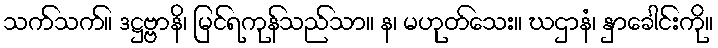
သက်သက်။ ဒဋ္ဌဗ္ဗာနိ၊ မြင်ရကုန်သည်သာ။ န၊ မဟုတ်သေး။ ဃဌာနံ၊ နှာခေါင်းကို။